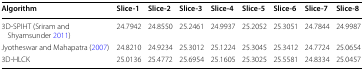
| Algorithm | Slice-1 | Slice-2 | Slice-3 | Slice-4 | Slice-5 | Slice-6 | Slice-7 | Slice-8 |
 | --- | --- | --- | --- | --- | --- | --- | --- | --- |
 | 3D-SPIHT (Sriram and Shyamsunder 2011) | 24.7942 | 24.8550 | 25.2461 | 24.9937 | 25.2052 | 25.3051 | 24.7844 | 24.9987 |
 | Jyotheswar and Mahapatra (2007) | 24.8210 | 24.9234 | 25.3012 | 25.1224 | 25.3045 | 25.3412 | 24.7724 | 25.0654 |
 | 3D-HLCK | 25.0136 | 25.4772 | 25.6954 | 25.1605 | 25.3025 | 25.5581 | 24.8334 | 25.0457 |